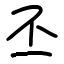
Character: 丕